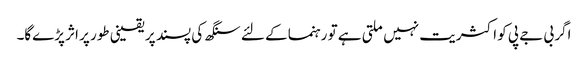
اگر بی جے پی کو اکثریت نہیں ملتی ہے تو رہنما کے لئے سنگھ کی پسند پر یقینی طور پر اثر پڑے‌گا۔